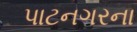
પાટનગરના